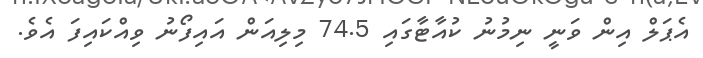
އެޕަލް އިން ވަނީ ނިމުނު ކުއާޓާގައި 74.5 މިލިއަން އައިފޯނު ވިއްކައިފަ އެވެ.